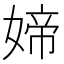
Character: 媂